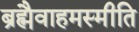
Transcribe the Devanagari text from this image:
ब्रह्मैवाहमस्मीति